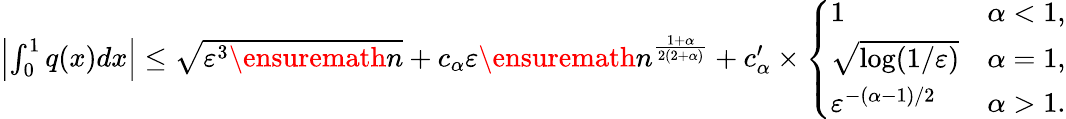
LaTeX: \begin{array}{r}{\left|\int_{0}^{1}q(x)dx\right|\leq\sqrt{\varepsilon^{3}\ensuremath{n}}+c_{\alpha}\varepsilon\ensuremath{n}^{\frac{1+\alpha}{2(2+\alpha)}}+c_{\alpha}^{\prime}\times\left\{ \begin{array}{ll}{1}&{\alpha<1,}\\ {\sqrt{\log(1/\varepsilon)}}&{\alpha=1,}\\ {\varepsilon^{-(\alpha-1)/2}}&{\alpha>1.}\end{array}\right.}\end{array}